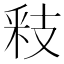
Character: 𮡏